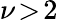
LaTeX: \nu\! >\! 2